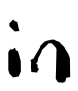
Text: in
Cross-out: clean
Writing tool: digital_black